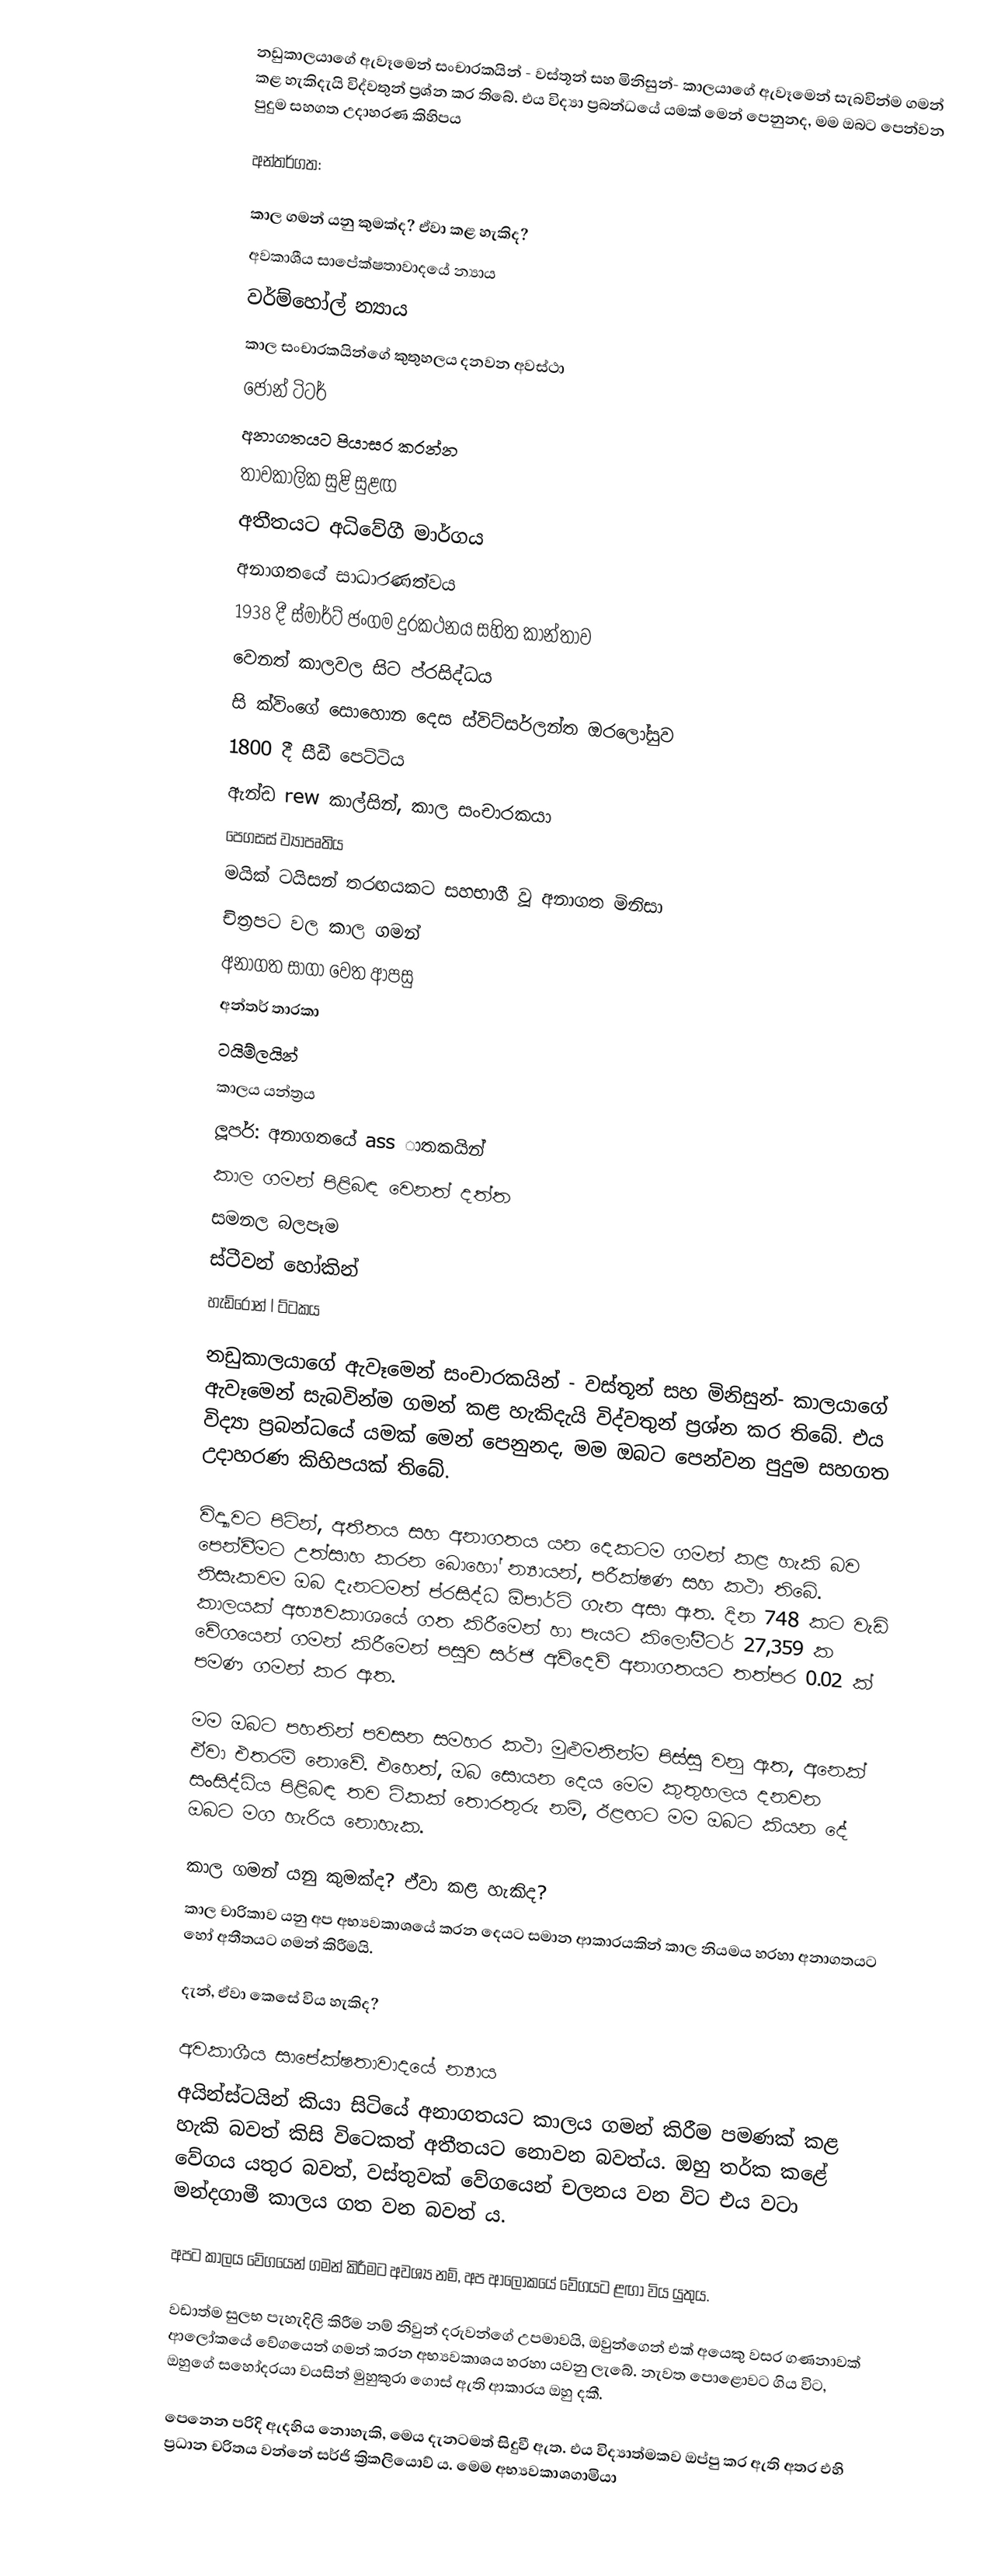
නඩුකාලයාගේ ඇවෑමෙන් සංචාරකයින් - වස්තූන් සහ මිනිසුන්- කාලයාගේ ඇවෑමෙන් සැබවින්ම ගමන් කළ හැකිදැයි විද්වතුන් ප්‍රශ්න කර තිබේ. එය විද්‍යා ප්‍රබන්ධයේ යමක් මෙන් පෙනුනද, මම ඔබට පෙන්වන පුදුම සහගත උදාහරණ කිහිපය

අන්තර්ගත:

 කාල ගමන් යනු කුමක්ද? ඒවා කළ හැකිද?
 අවකාශීය සාපේක්ෂතාවාදයේ න්‍යාය
 වර්ම්හෝල් න්‍යාය
 කාල සංචාරකයින්ගේ කුතුහලය දනවන අවස්ථා
 ජෝන් ටිටර්
 අනාගතයට පියාසර කරන්න
 තාවකාලික සුළි සුළඟ
 අතීතයට අධිවේගී මාර්ගය
 අනාගතයේ සාධාරණත්වය
 1938 දී ස්මාර්ට් ජංගම දුරකථනය සහිත කාන්තාව
 වෙනත් කාලවල සිට ප්රසිද්ධය
 සි ක්විංගේ සොහොන දෙස ස්විට්සර්ලන්ත ඔරලෝසුව
 1800 දී සීඩී පෙට්ටිය
 ඇන්ඩ rew කාල්සින්, කාල සංචාරකයා
 පෙගසස් ව්‍යාපෘතිය
 මයික් ටයිසන් තරඟයකට සහභාගී වූ අනාගත මිනිසා
 චිත්‍රපට වල කාල ගමන්
 අනාගත සාගා වෙත ආපසු
 අන්තර් තාරකා
 ටයිම්ලයින්
 කාලය යන්ත්‍රය
 ලූපර්: අනාගතයේ ass ාතකයින්
 කාල ගමන් පිළිබඳ වෙනත් දත්ත
 සමනල බලපෑම
 ස්ටීවන් හෝකින්
 හැඩ්රොන් l ට්ටකය

නඩුකාලයාගේ ඇවෑමෙන් සංචාරකයින් - වස්තූන් සහ මිනිසුන්- කාලයාගේ ඇවෑමෙන් සැබවින්ම ගමන් කළ හැකිදැයි විද්වතුන් ප්‍රශ්න කර තිබේ. එය විද්‍යා ප්‍රබන්ධයේ යමක් මෙන් පෙනුනද, මම ඔබට පෙන්වන පුදුම සහගත උදාහරණ කිහිපයක් තිබේ.

විද්‍යාවට පිටින්, අතීතය සහ අනාගතය යන දෙකටම ගමන් කළ හැකි බව පෙන්වීමට උත්සාහ කරන බොහෝ න්‍යායන්, පරීක්ෂණ සහ කථා තිබේ. නිසැකවම ඔබ දැනටමත් ප්රසිද්ධ ඕපාර්ට් ගැන අසා ඇත. දින 748 කට වැඩි කාලයක් අභ්‍යවකාශයේ ගත කිරීමෙන් හා පැයට කිලෝමීටර් 27,359 ක වේගයෙන් ගමන් කිරීමෙන් පසුව සර්ජි අව්දෙව් අනාගතයට තත්පර 0.02 ක් පමණ ගමන් කර ඇත.

මම ඔබට පහතින් පවසන සමහර කථා මුළුමනින්ම පිස්සු වනු ඇත, අනෙක් ඒවා එතරම් නොවේ. එහෙත්, ඔබ සොයන දෙය මෙම කුතුහලය දනවන සංසිද්ධිය පිළිබඳ තව ටිකක් තොරතුරු නම්, ඊළඟට මම ඔබට කියන දේ ඔබට මග හැරිය නොහැක.

කාල ගමන් යනු කුමක්ද? ඒවා කළ හැකිද?
කාල චාරිකාව යනු අප අභ්‍යවකාශයේ කරන දෙයට සමාන ආකාරයකින් කාල නියමය හරහා අනාගතයට හෝ අතීතයට ගමන් කිරීමයි.

දැන්, ඒවා කෙසේ විය හැකිද?

අවකාශීය සාපේක්ෂතාවාදයේ න්‍යාය
අයින්ස්ටයින් කියා සිටියේ අනාගතයට කාලය ගමන් කිරීම පමණක් කළ හැකි බවත් කිසි විටෙකත් අතීතයට නොවන බවත්ය. ඔහු තර්ක කළේ වේගය යතුර බවත්, වස්තුවක් වේගයෙන් චලනය වන විට එය වටා මන්දගාමී කාලය ගත වන බවත් ය.

අපට කාලය වේගයෙන් ගමන් කිරීමට අවශ්‍ය නම්, අප ආලෝකයේ වේගයට ළඟා විය යුතුය.

වඩාත්ම සුලභ පැහැදිලි කිරීම නම් නිවුන් දරුවන්ගේ උපමාවයි, ඔවුන්ගෙන් එක් අයෙකු වසර ගණනාවක් ආලෝකයේ වේගයෙන් ගමන් කරන අභ්‍යවකාශය හරහා යවනු ලැබේ. නැවත පොළොවට ගිය විට, ඔහුගේ සහෝදරයා වයසින් මුහුකුරා ගොස් ඇති ආකාරය ඔහු දකී.

පෙනෙන පරිදි ඇදහිය නොහැකි, මෙය දැනටමත් සිදුවී ඇත. එය විද්‍යාත්මකව ඔප්පු කර ඇති අතර එහි ප්‍රධාන චරිතය වන්නේ සර්ජි ක්‍රිකලියොව් ය. මෙම අභ්‍යවකාශගාමියා